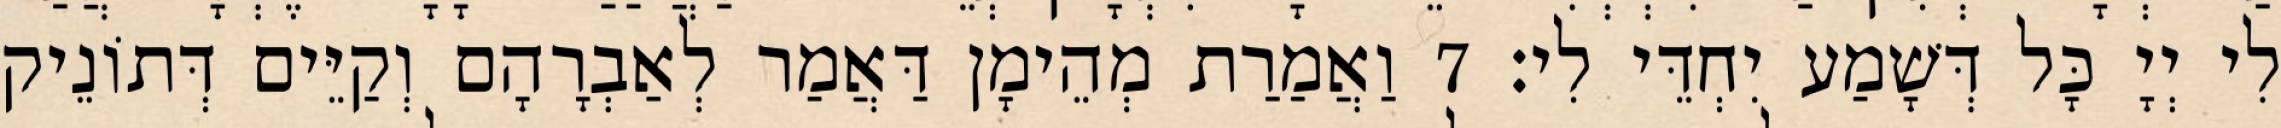
לִי יְיָ כָּל דְּשָׁמַע יִחְדֵּי לִי׃ 7 וַאֲמַרַת מְהֵימָן דַּאֲמַר לְאַבְרָהָם וְקַיֵּים דְּתוֹנֵיק